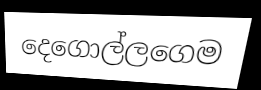
දෙගොල්ලගෙම